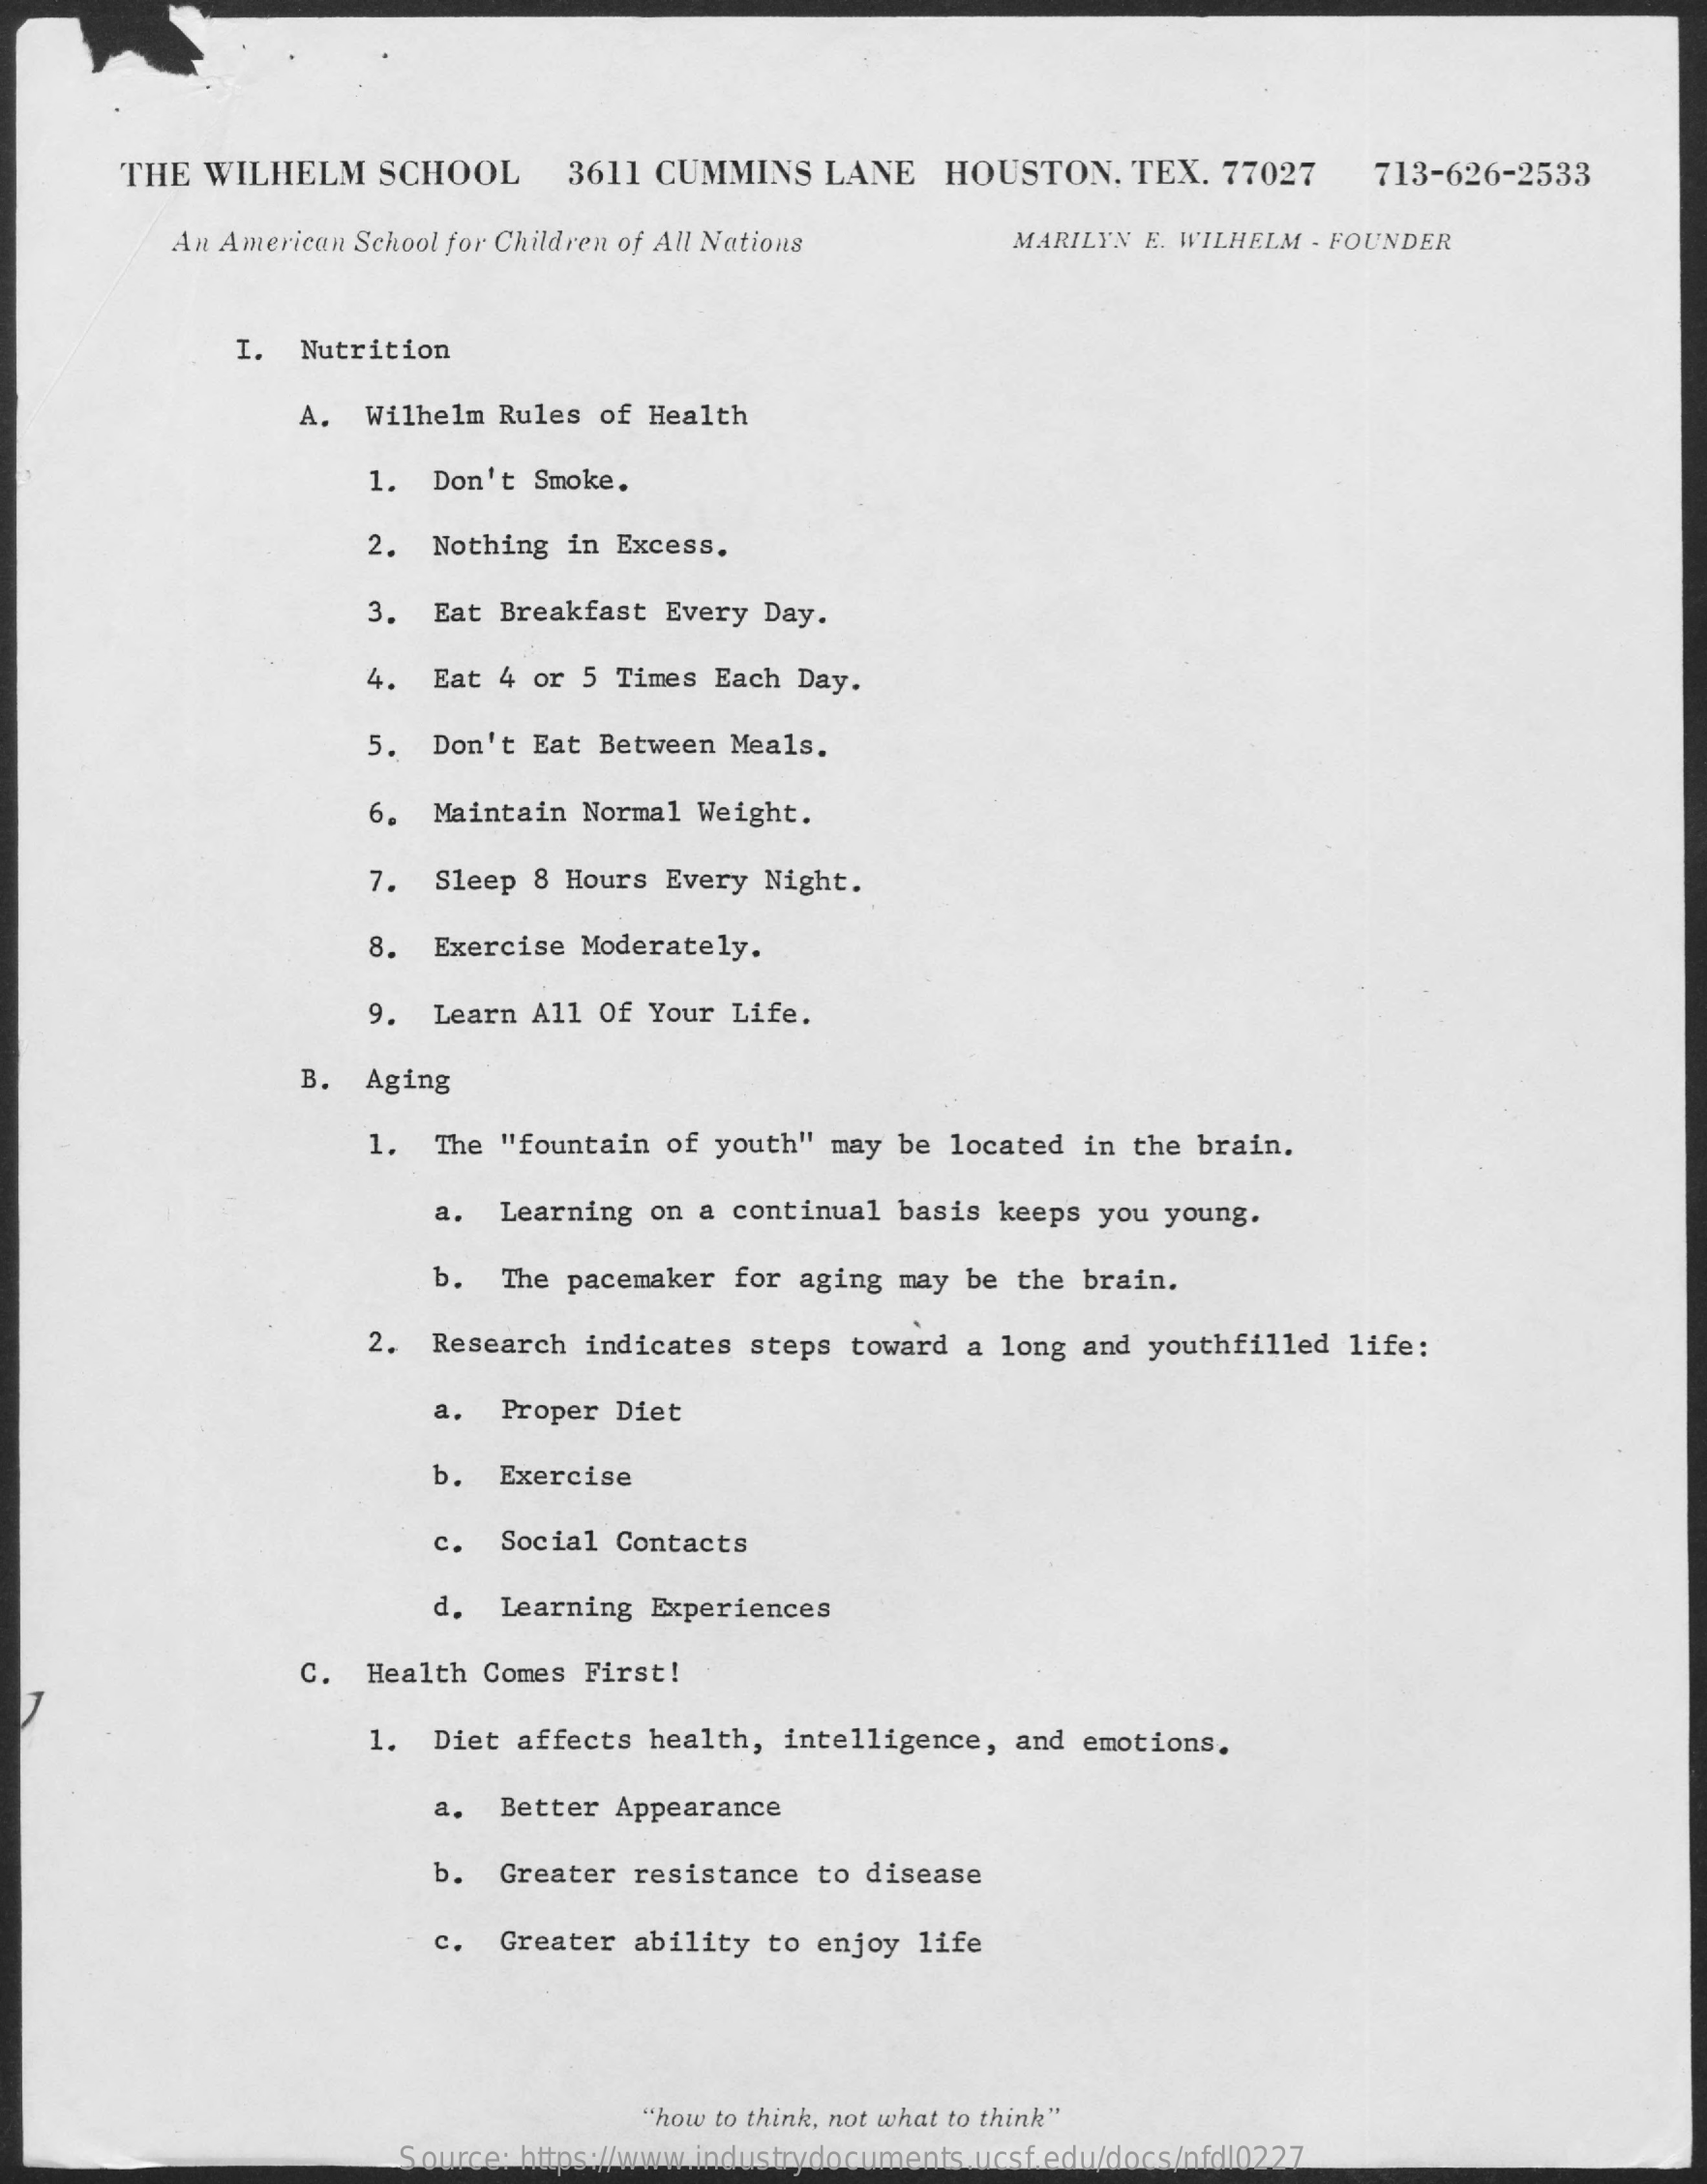
THE WILHELM  SCHOOL   3611 CUMMINS LANE  HOUSTON, TEX. 77027  713-626-2533
     An American School for Children of All Nations MARILYN E. WILHELM - FOUNDER
     I. Nutrition
     A. Wilhelm Rules of Health
     1. Don't Smoke.
     2. Nothing in Excess.
     3. Eat Breakfast Every Day.
     4. Eat 4 or 5 Times Each Day.
     5. Don't Eat Between Meals.
     6. Maintain Normal Weight.
     7. Sleep 8 Hours Every Night.
     8. Exercise Moderately.
     9. Learn All Of Your Life.
     B. Aging
     1. The "fountain of youth" may be located in the brain.
     a. Learning on a continual basis keeps you young.
     b. The pacemaker for aging may be the brain.
     2. Research indicates steps toward a long and youthfilled life:
     a. Proper Diet
     b. Exercise
     c. Social Contacts
     d. Learning Experiences
     c. Health Comes First!
     1. Diet affects health, intelligence, and emotions.
     a. Better Appearance
     b. Greater resistance to disease
     c. Greater ability to enjoy life
     "how to think, not what to think"
     Source: https://www.industrydocuments.ucsf.edu/docs/nfdl0227